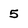
Character: 5